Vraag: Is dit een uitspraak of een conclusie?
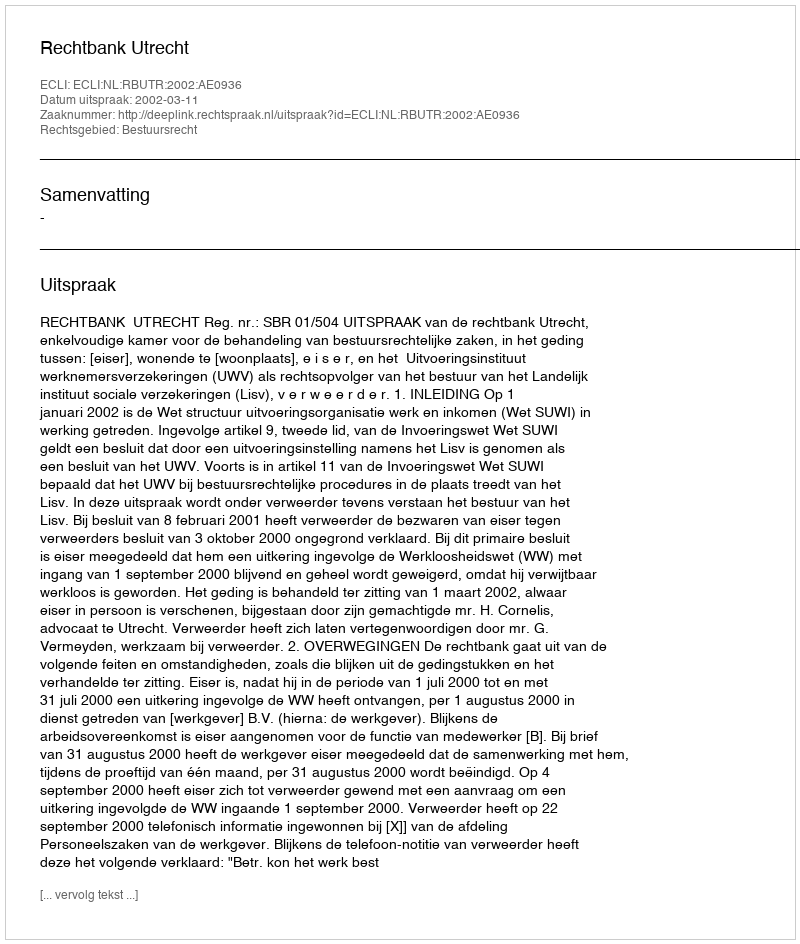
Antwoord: Uitspraak